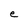
Character: e